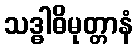
သဒ္ဓါဓိမုတ္တာနံ